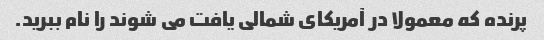
پرنده که معمولا در آمریکای شمالی یافت می شوند را نام ببرید.